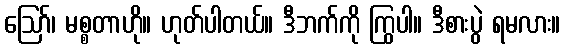
ဪ၊ မစ္စတာဟို။ ဟုတ်ပါတယ်။ ဒီဘက်ကို ကြွပါ။ ဒီစားပွဲ ရမလား။